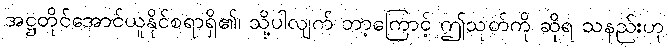
အဋ္ဌတိုင်အောင်ယူနိုင်စရာရှိ၏၊ သို့ပါလျက် ဘာ့ကြောင့် ဤသုတ်ကို ဆိုရ သနည်းဟု